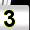
Digit: 3